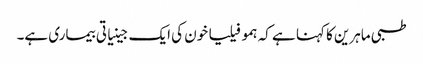
طبی ماہرین کا کہنا ہے کہ ہمو فیلیا خون کی ایک جینیاتی بیماری ہے۔